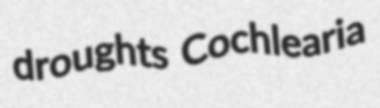
droughts Cochlearia